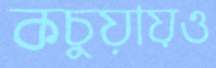
কচুয়ায়ও